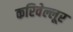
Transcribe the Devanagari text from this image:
करिवेल्लूर